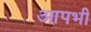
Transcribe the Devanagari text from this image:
आपभी